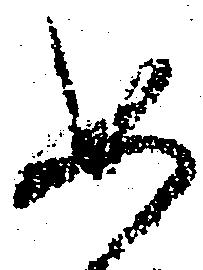
如